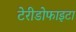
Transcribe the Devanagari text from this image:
टेरीडोफाइटा